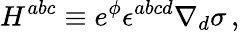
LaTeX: H^{abc}\equiv e^{\phi}\epsilon^{abcd}\nabla_{d}\sigma\, ,